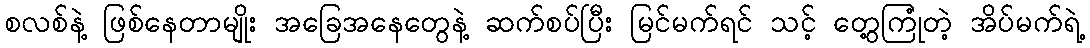
စလစ်နဲ့ ဖြစ်နေတာမျိုး အခြေအနေတွေနဲ့ ဆက်စပ်ပြီး မြင်မက်ရင် သင့် တွေ့ကြုံတဲ့ အိပ်မက်ရဲ့